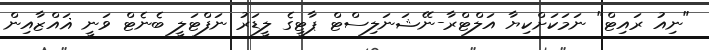
"ނިއު ރައިޓް" ނަމަކަށްކިޔާ އަލްޓްރާ-ނޭޝަނަލިސްޓް ޕާޓީގެ ލީޑަރު ނަފްޓަލީ ބެނެޓް ވަނީ ޣައްޒާއިން